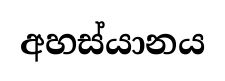
අහස්යානය